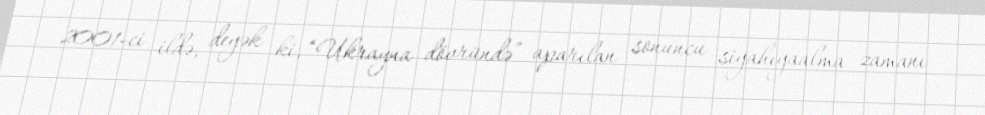
2001-ci ildə, deyək ki, “Ukrayna dövründə” aparılan sonuncu siyahıyaalma zamanı